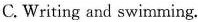
C. Writing and swimming.